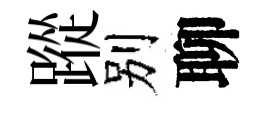
蹤别聊